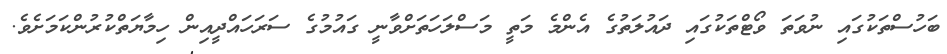
ބަހުސްތަކުގައި ނުވަތަ ވޯޓްތަކުގައި ދައުލަތުގެ އެންމެ މަތީ މަސްލަހަތަށްވާނީ ގައުމުގެ ސަރަހައްދީއިން ހިމާޔަތްކުރުންކަމަށެވެ.